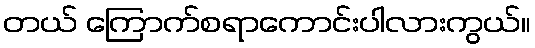
တယ် ကြောက်စရာကောင်းပါလားကွယ်။